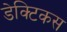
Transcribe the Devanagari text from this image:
डेक्टिकस